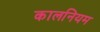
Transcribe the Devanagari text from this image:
कालनियम